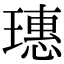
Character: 璤